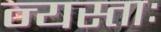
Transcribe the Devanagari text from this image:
न्यस्ताः